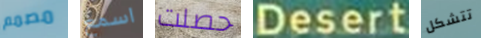
مصمم اسمع حصلت Desert تتشكل